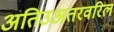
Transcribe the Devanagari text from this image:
अतिउअतरवरिल